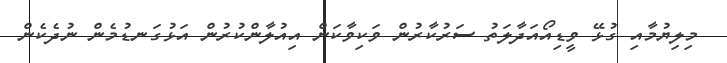
މިލިޔުމާއި ގުޅޭ ވީޑިއޯއަދާލަތު ސަރުކާރުން ވަކިވާކަން އިއުލާންކުރުން އަޅުގަނޑުމެން ނުދެކެން